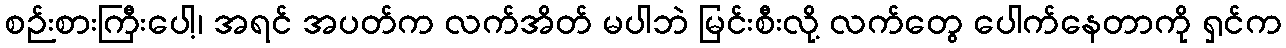
စဉ်းစားကြီးပေါ့၊ အရင် အပတ်က လက်အိတ် မပါဘဲ မြင်းစီးလို့ လက်တွေ ပေါက်နေတာကို ရှင်က